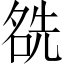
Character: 𠸛